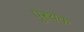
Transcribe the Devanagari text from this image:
पुस्थक